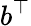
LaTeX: b^{\top}